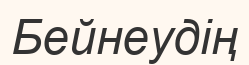
Бейнеудің